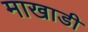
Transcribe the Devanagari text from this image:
माखाडी